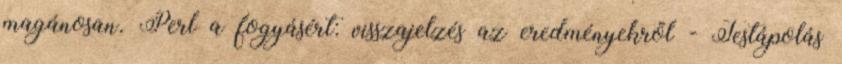
magánosan. Perl a fogyásért: visszajelzés az eredményekről - Testápolás